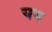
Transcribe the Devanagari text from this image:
यय